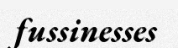
fussinesses